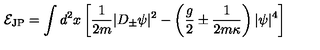
{ \cal E } _ { \mathrm { J P } } = \int d ^ { 2 } x \left[ \frac { 1 } { 2 m } | D _ { \pm } \psi | ^ { 2 } - \left( \frac { g } { 2 } \pm \frac { 1 } { 2 m \kappa } \right) | \psi | ^ { 4 } \right]